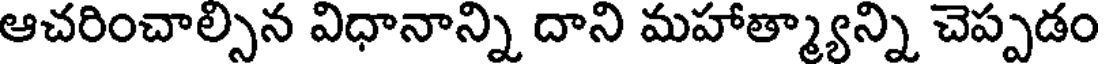
ఆచరించాల్సిన విధానాన్ని దాని మహాత్మ్యాన్ని చెప్పడం